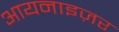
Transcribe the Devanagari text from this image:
आयनाइज़र